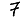
Digit: 7